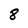
Character: 8